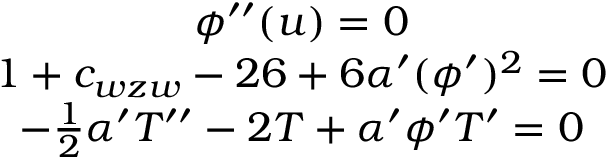
\begin{array} { c } { { \phi ^ { \prime \prime } ( u ) = 0 } } \\ { { 1 + c _ { w z w } - 2 6 + 6 \alpha ^ { \prime } ( \phi ^ { \prime } ) ^ { 2 } = 0 } } \\ { { - \frac { 1 } { 2 } \alpha ^ { \prime } T ^ { \prime \prime } - 2 T + \alpha ^ { \prime } \phi ^ { \prime } T ^ { \prime } = 0 } } \end{array}